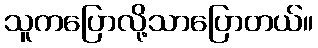
သူကပြောလို့သာပြောတယ်။